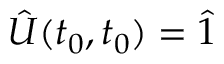
\hat { U } ( t _ { 0 } , t _ { 0 } ) = \hat { 1 }